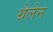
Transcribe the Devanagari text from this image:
ग्रेलेन